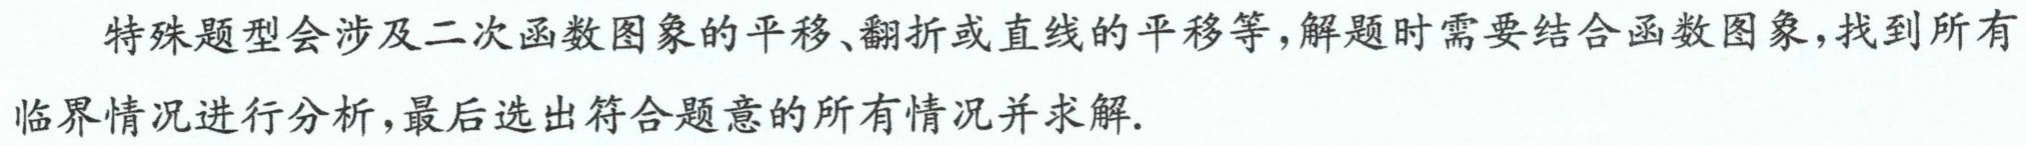
特殊题型会涉及二次函数图象的平移、翻折或直线的平移等，解题时需要结合函数图象，找到所有临界情况进行分析，最后选出符合题意的所有情况并求解.